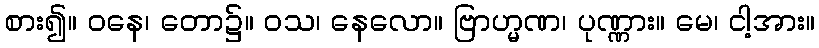
စား၍။ ဝနေ၊ တော၌။ ဝသ၊ နေလော။ ဗြာဟ္မဏ၊ ပုဏ္ဏား။ မေ၊ ငါ့အား။